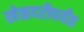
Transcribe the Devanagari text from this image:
खेळदरीपर्यंत